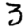
Digit: 3